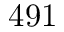
4 9 1